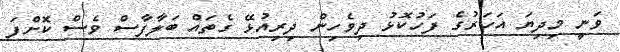
ވަނީ މިދިޔަ އަހަރުގެ ފަހުކޮޅު ދިވެހިން ދިރިއުޅޭ ގެތައް ބަލާފާސް ވެސް ކޮށްފަ